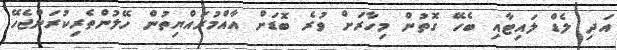
އަދި ލެޑް ލައިޓާއި ބެހޭ ގޮތުން މިހާރަށް ވުރެ ބޮޑަށް އާއްމުރައްޔިތުން ހޭލުންތެރިކުރަންޖެހޭ